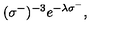
\: ( \sigma ^ { - } ) ^ { - 3 } e ^ { - \lambda \sigma ^ { - } } , \: